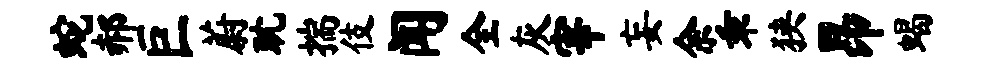
蛇郝巨蔚耽揣伎闻全灰宰妄余乖狭昂蝎